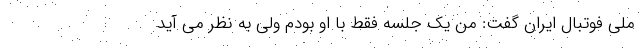
ملی فوتبال ایران گفت: من یک جلسه فقط با او بودم ولی به نظر می آید